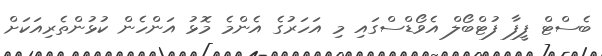
ބެސްޓް ފީފާ ފުޓްބޯލް އެވޯޑްސްގައި މި އަހަރުގެ އެންމެ މޮޅު އަންހެން ކުޅުންތެރިއަކަށް